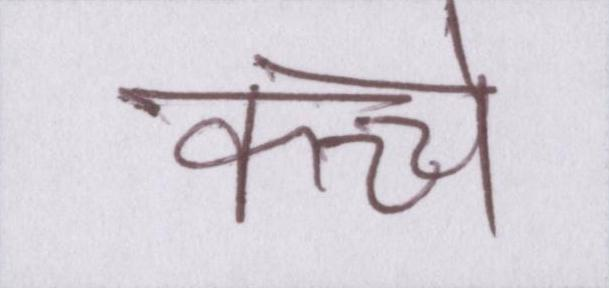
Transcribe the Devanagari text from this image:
कच्चे